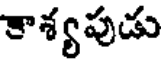
కాశ్యపుడు